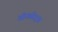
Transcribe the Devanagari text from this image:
ऑफ़सेट्स